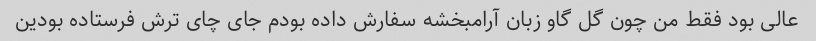
عالی بود فقط من چون گل گاو زبان آرامبخشه سفارش داده بودم جای چای ترش فرستاده بودین